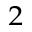
^ 2